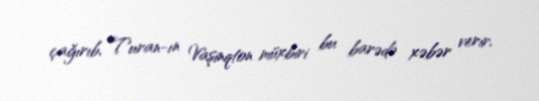
çağırıb, Turan-ın Vaşinqton müxbiri bu barədə xəbər verir.